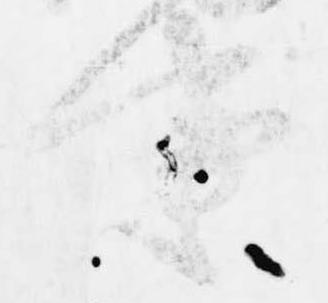
事